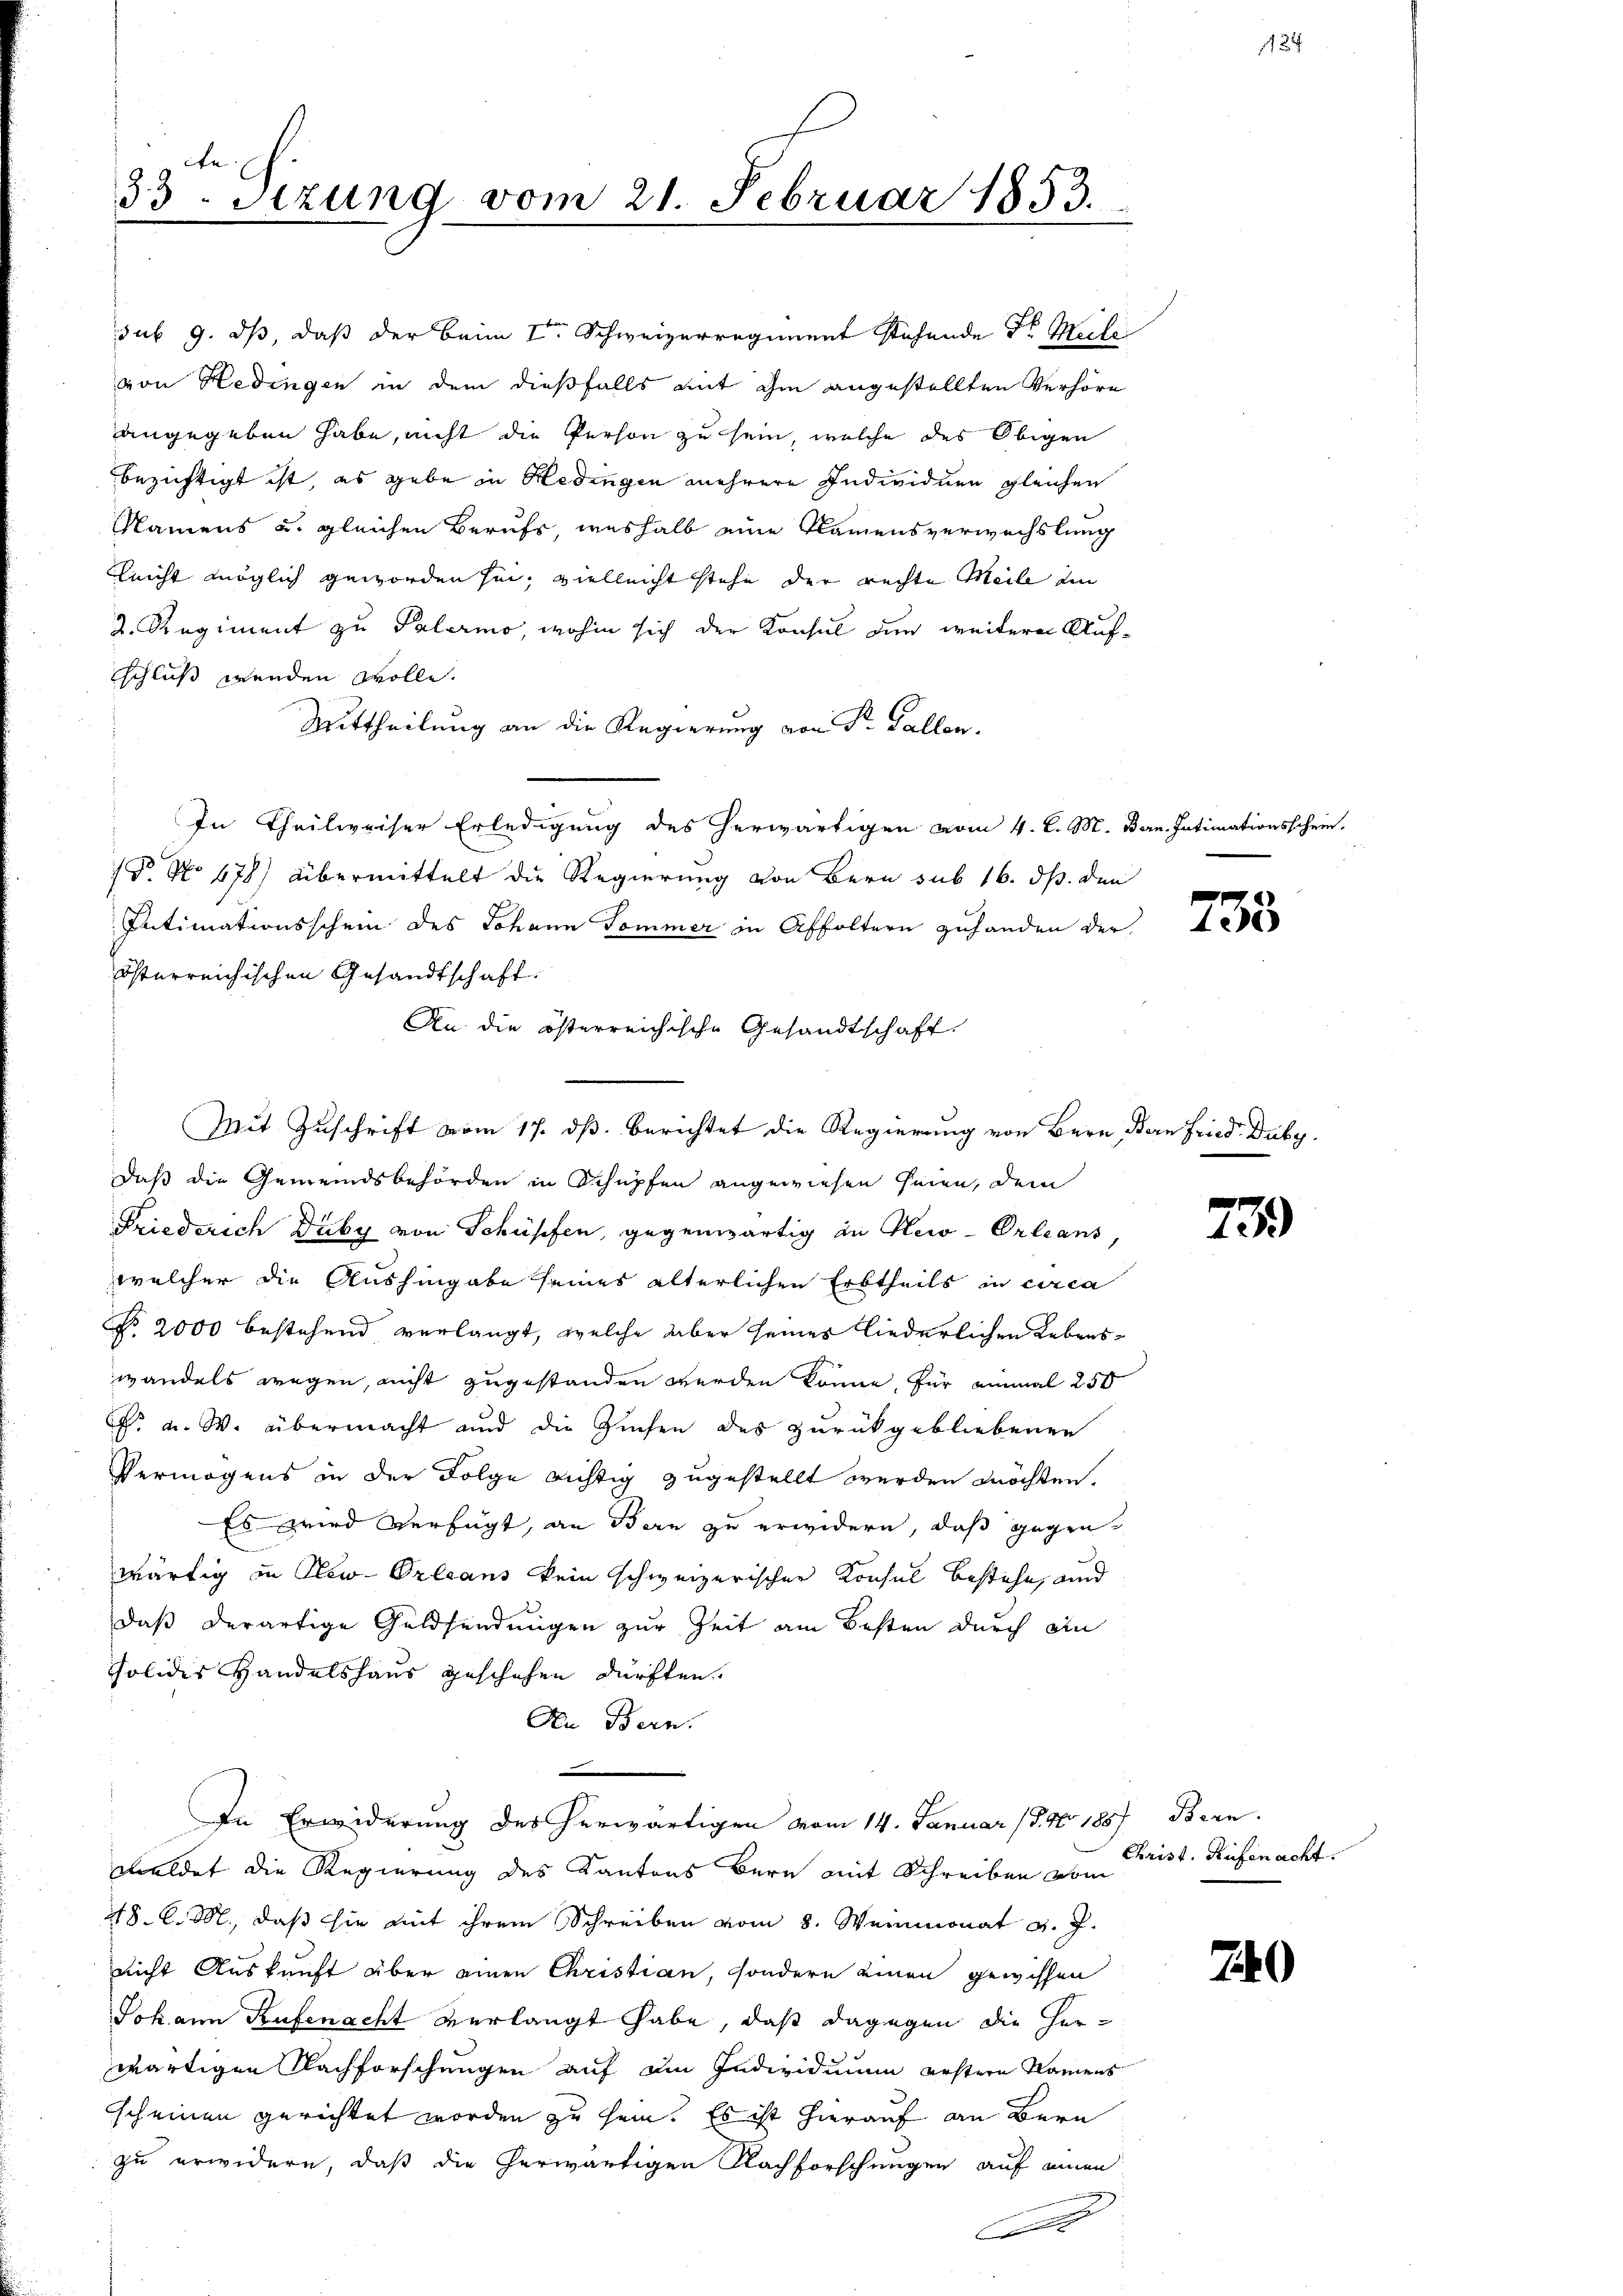
33. Sezung vom 21. Februar 1853.

Namens u. gleichen Berufs, weshalb eine Namensverwechslung
Gleicht möglich geworden sei, vielleicht stehe der rechte Meile in
2. Regiment zu Palermo, wohin sich der Konsul den weitere Aufschluß wenden wolle.
Zeittheilung an die Regierung von Sr. Gallen.
In Theilweiser Erledigung des herwärtigen vom 4. l. M. Ban. Intimationsschein.
P. No 678) übermittelt die Regierung von Bern sub 16. ds. den
Intimationsschein des Johann Sommer in Affoltern zuhanden der
österreichischen Gesandtschaft.
Mit Zuschrift vom 17. ds. berichtet die Regierung von Bern, Bern Fried. Duby.
daß die Gemeindsbehörden in Schüpfen angewiesen seien, dem
Friederich Duby von Schüpfen, gegenwärtig in New-Orleans
welcher die Aushingabe seines älterlichen Erbtheils in circa
No. 2000 bestehend verlangt, welche aber seines liederlichen Lebenswandels wegen, nicht zugestanden werden könne, für einmal 250
F. a. W. übermacht und die Zinsen des zurückgebliebenen
Vermögens in der Folge richtig zugestellt werden möchten.
Es wird verfügt, an Bern zu erwidern, daß gegen
wärtig in New-Orleans kein schweizerischen Konsul bestehe, und
daß derartige Geldsendungen zur Zeit am Besten durch ein
Solidis Handelshaus geschehen dürften
Den Bern.
In Erwiderung des herwärtigen vom 14. Januar 1890 1887 Bern.
meldet die Regierung des Kantons Bern mit Schreiben vom
48 l. M., daß sie mit ihrem Schreiben vom 8. Weinmonat v. J.
nicht Auskunft über einen Christian, sondern einen gewissen
Johann Rufenacht verlangt habe, daß dagegen die Her-
wärtigen Nachforschungen auf ein Individuum erstern Namens
scheinen gerichtet worden zu sein. Es ist hierauf an Bern
zu erwidern, daß die herwärtigen Nachforschungen auf einen
u
.

sub 9. ds, daß der beim I. Schweizerregiment stehende Dr. Miche
von Hedingen in dem dießfalls mit ihm angestellten Verhöre
angegeben habe, nicht die Person zu sein, welche des Obigen
bezichtigt ist, es gebe in Hedingen mehrere Individuen gleichen

An die österreichische Gesandtschaft

733

f
10)

Christ. Rüfenacht.

740